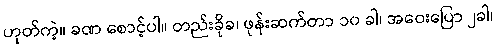
ဟုတ်ကဲ့။ ခဏ စောင့်ပါ။ တည်းခိုခ၊ ဖုန်းဆက်တာ ၁၀ ခါ၊ အဝေးပြော ၂ခါ၊